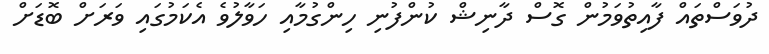
ދުވަސްތައް ފާއިތުވަމުން ގޮސް ދާނިޝް ކުންފުނި ހިންގުމާއި ހަވާލުވެ އެކަމުގައި ވަރަށް ބޮޑަށް